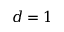
d = 1